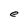
Character: e